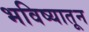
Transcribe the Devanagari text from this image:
भविष्यातून